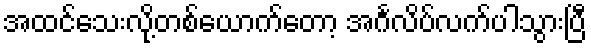
အထင်သေးလို့တစ်ယောက်တော့ အင်္ဂလိပ်လက်ပါသွားပြီ